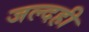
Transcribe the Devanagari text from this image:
जल्दही